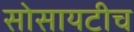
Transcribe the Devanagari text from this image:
सोसायटीच